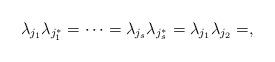
LaTeX: \begin{align*}\lambda_{j_1}\lambda_{j_1^*} = \dots = \lambda_{j_s}\lambda_{j_s^*} = \lambda_{j_1}\lambda_{j_2}=,\end{align*}